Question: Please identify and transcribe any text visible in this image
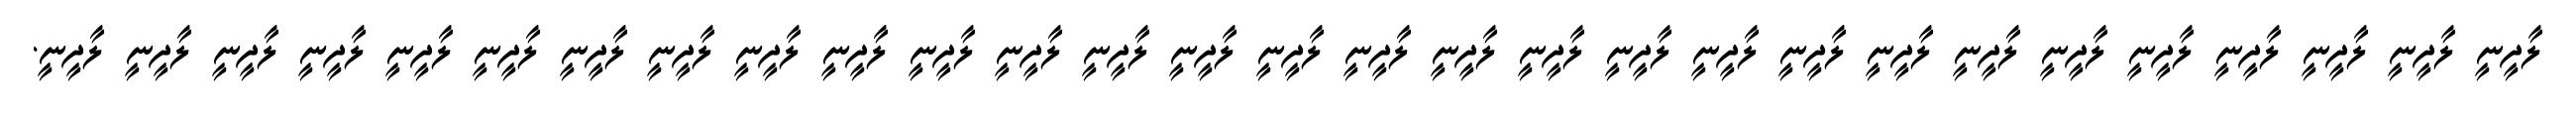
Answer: ލާދީނީ ލާދީނީ ލާދީނީ ލާދީނީ ލާދީނީ ލާދީނީ ލާދީނީ ލާދީނީ ލާދީނީ ލާދީނީ ލާދީނީ ލާދީނީ ލާދީނީ ލާދީނީ ލާދީނީ ލާދީނީ ލާދީނީ ލާދީނީ ލާދީނީ ލާދީނީ ލާދީނީ ލާދީނީ ލާދީނީ ލާދީނީ ލާދީނީ ލާދީނީ ލާދީނީ ލާދީނީ ލާދީނީ.